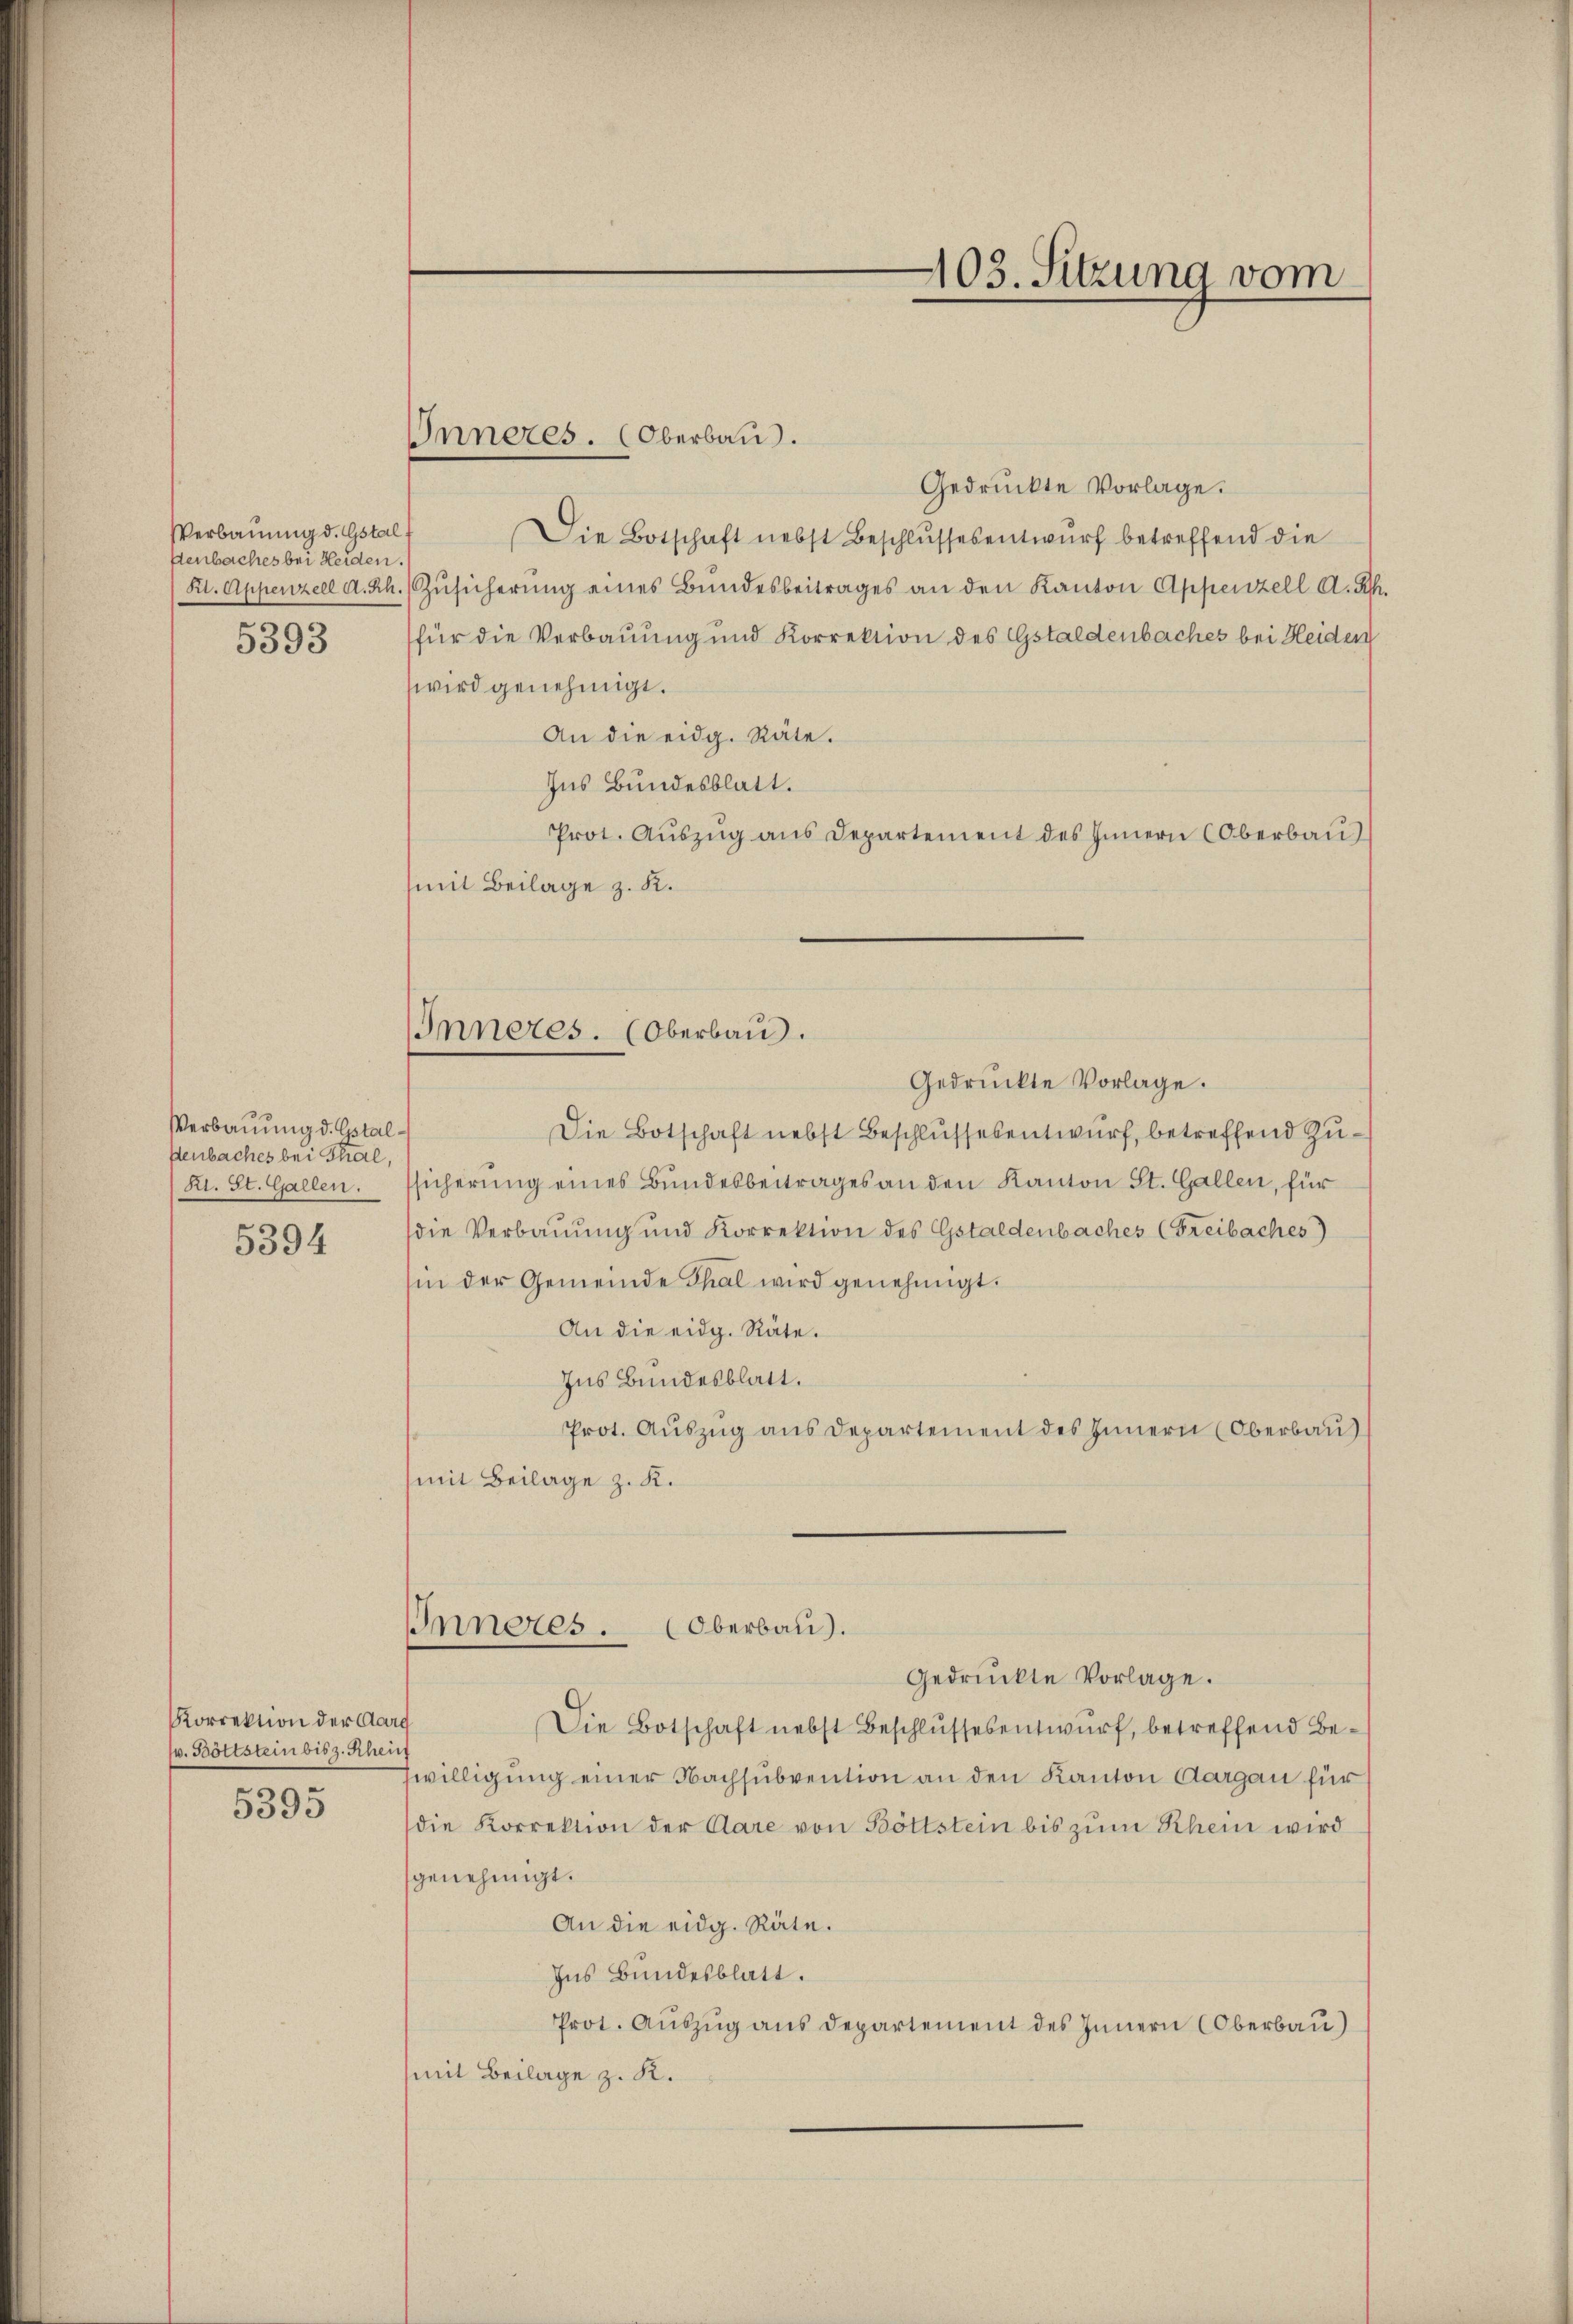
Verbauung d. Gstal
senbaches bei Heiden.
5393

Verbauung d. Gstalsenbaches bei Thal,
(Kl. St. Gallen.
5394

Korrektion der Aar
(v. Böttstein bis z. Rhein
5395

Gedruckte Vorlage.
Die Botschaft nebst Beschlussesentwurf betreffend die
Kl. Appenzell d. Rh. Zŭsicherŭng eines Bŭndesbeitrages an den Kanton Appenzell A. Rh.
für die Verbauung und Korrektion des Gstaldenbaches bei Heiden
wird genehmigt.
An die eidg. Räte.
Ins Bundesblatt.
Prot. Auszug aus Departement des Innern (Oberbau
(mit Beilage z. K.
e
Inneres. (Oberbau.
Gedrückte Vorlage.
Die Botschaft nebst Beschlussesentwurf, betreffend Zusicherung eines Bundesbeitrages an den Kanton St. Gallen, für
die Verbauung und Korrektion des Gstaldenbaches (Freibaches)
hin der Gemeinde Thal wird genehmigt.
An die eidg. Räte.
Ins Bundesblatt.
Prot. Auszug aus Departement des Innern (Oberbau
(mit Beilage z. K.

Inneres. (Oberbau.

IInneres. (Oberbau).
Gedrückte Vorlage.

103. Sitzung vom

Die Botschaft nebst Beschlussesentwurf, betreffend Be¬
Zwilligung einer Nachsubvention an den Kanton Aargau für
die Korrektion der Aare von Böttstein bis zŭm Rhein wird
genehmigt.
An die eidg. Räte.
Ins Bundesblatt.
Prot. Aŭszŭg ans Departement des Innern (Oberbau)
mit Beilage z. K.